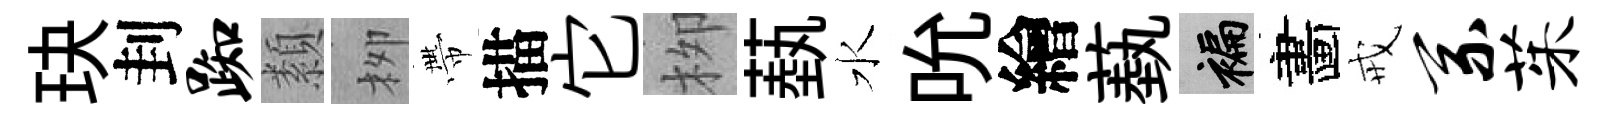
玦刲踟纇栁帶描它栁蓺水吮繪蓺褊畵戒系茱